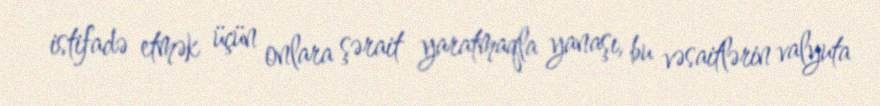
istifadə etmək üçün onlara şərait yaratmaqla yanaşı, bu vəsaitlərin valyuta